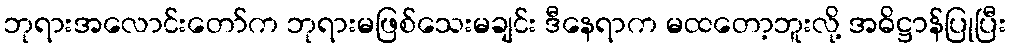
ဘုရားအလောင်းတော်က ဘုရားမဖြစ်သေးမချင်း ဒီနေရာက မထတော့ဘူးလို့ အဓိဋ္ဌာန်ပြုပြီး